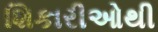
શિકારીઓથી